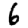
Digit: 6